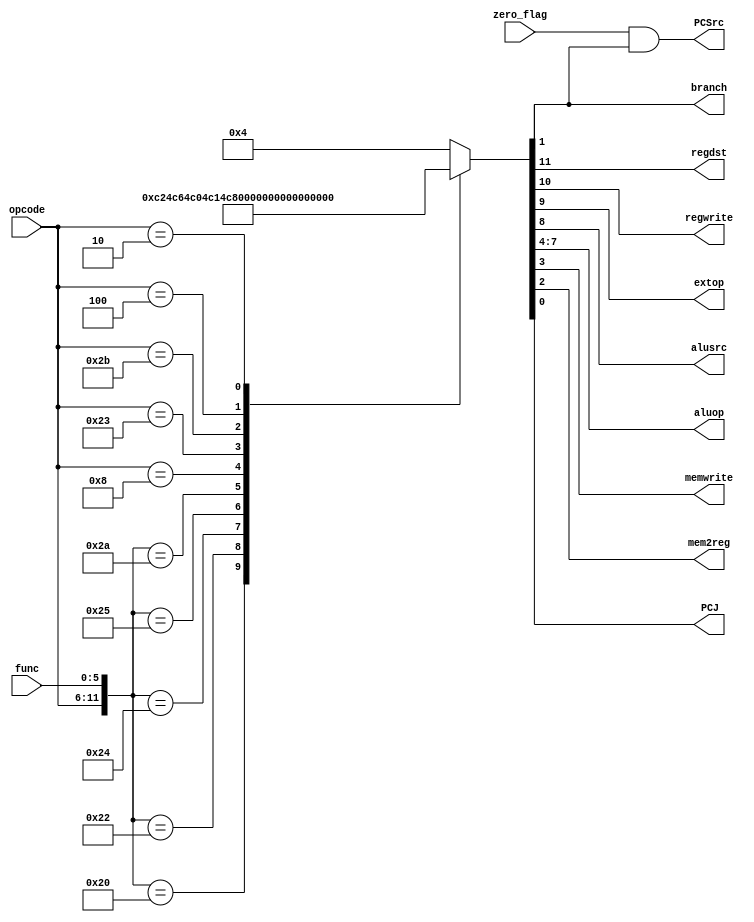
/*`timescale 1ns / 1ps
//////////////////////////////////////////////////////////////////////////////////
// Company: 
// Engineer: 
// 
// Design Name: 
// Module Name: main_control
// Project Name: 
// Target Devices: 
// Tool Versions: 
// Description: 
// 
// Dependencies: 
// 
// Revision:
// Revision 0.01 - File Created
// Additional Comments:
// 
//////////////////////////////////////////////////////////////////////////////////


module main_control(input [5:0] func,input [5:0] opcode,input zero_flag,output reg regdst,output reg regwrite,output reg extop,output reg alusrc,output reg [3:0] aluop,output reg memwrite,output reg mem2reg);
always@(func or opcode or zero_flag)
casex({opcode,func,zero_flag})
13'b000000_100000_x:{regdst,regwrite,extop,alusrc,aluop,memwrite,mem2reg}=10'b1_1_0_0_0010_0_1;//add
13'b000000_100010_x:{regdst,regwrite,extop,alusrc,aluop,memwrite,mem2reg}=10'b1_1_0_0_0110_0_1;//sub
13'b000000_100100_x:{regdst,regwrite,extop,alusrc,aluop,memwrite,mem2reg}=10'b1_1_0_0_0000_0_1;//and
13'b000000_100101_x:{regdst,regwrite,extop,alusrc,aluop,memwrite,mem2reg}=10'b1_1_0_0_0001_0_1;//or
13'b000000_101010_x:{regdst,regwrite,extop,alusrc,aluop,memwrite,mem2reg}=10'b1_1_0_0_0111_0_1;//slt
13'b001000_xxxxxx_x:{regdst,regwrite,extop,alusrc,aluop,memwrite,mem2reg}=10'b0_1_1_1_0010_0_1;//addi I-type
13'b100011_xxxxxx_x:{regdst,regwrite,extop,alusrc,aluop,memwrite,mem2reg}=10'b0_1_0_1_0010_0_0;//lw I-type
13'b101011_xxxxxx_x:{regdst,regwrite,extop,alusrc,aluop,memwrite,mem2reg}=10'b0_0_0_1_0010_1_0;//sw I-type
13'b001001_xxxxxx_x:{regdst,regwrite,extop,alusrc,aluop,memwrite,mem2reg}=10'b0_1_1_1_0000_1_0;//LHI I-type
default:{regdst,regwrite,extop,alusrc,aluop,memwrite,mem2reg}=10'b0_0_0_0_0000_1_0;//LHI I-type
//TD LOI
endcase
begin
end
endmodule
`timescale 1ns / 1ps
*/
//////////////////////////////////////////////////////////////////////////////////
// Company: 
// Engineer: 
// 
// Design Name: 
// Module Name: main_control
// Project Name: 
// Target Devices: 
// Tool Versions: 
// Description: 
// 
// Dependencies: 
// 
// Revision:
// Revision 0.01 - File Created
// Additional Comments:
// 
//////////////////////////////////////////////////////////////////////////////////


module main_control(input [5:0] func,input [5:0] opcode,input zero_flag,output reg regdst,output reg regwrite,output reg extop,output reg alusrc,output reg [3:0] aluop,output reg memwrite,output reg mem2reg,output reg branch,output reg PCSrc,output reg PCJ);
always@(func or opcode or zero_flag)
    begin
        casex({opcode,func,zero_flag})
            13'b000000_100000_x:{regdst,regwrite,extop,alusrc,aluop,memwrite,mem2reg,branch,PCJ}=12'b1_1_0_0_0010_0_1_0_0;//add
            13'b000000_100010_x:{regdst,regwrite,extop,alusrc,aluop,memwrite,mem2reg,branch,PCJ}=12'b1_1_0_0_0110_0_1_0_0;//sub
            13'b000000_100100_x:{regdst,regwrite,extop,alusrc,aluop,memwrite,mem2reg,branch,PCJ}=12'b1_1_0_0_0000_0_1_0_0;//and
            13'b000000_100101_x:{regdst,regwrite,extop,alusrc,aluop,memwrite,mem2reg,branch,PCJ}=12'b1_1_0_0_0001_0_1_0_0;//or
            13'b000000_101010_x:{regdst,regwrite,extop,alusrc,aluop,memwrite,mem2reg,branch,PCJ}=12'b1_1_0_0_0111_0_1_0_0;//slt
            13'b001000_xxxxxx_x:{regdst,regwrite,extop,alusrc,aluop,memwrite,mem2reg,branch,PCJ}=12'b0_1_1_1_0010_0_1_0_0;//addi I-type
            13'b100011_xxxxxx_x:{regdst,regwrite,extop,alusrc,aluop,memwrite,mem2reg,branch,PCJ}=12'b0_1_0_1_0010_0_0_0_0;//lw I-type
            13'b101011_xxxxxx_x:{regdst,regwrite,extop,alusrc,aluop,memwrite,mem2reg,branch,PCJ}=12'b0_0_0_1_0010_1_0_0_0;//sw I-type
            13'b000100_xxxxxx_x:{regdst,regwrite,extop,alusrc,aluop,memwrite,mem2reg,branch,PCJ}=12'b0_0_1_0_0110_0_1_1_0;//beq
            13'b000010_xxxxxx_x:{regdst,regwrite,extop,alusrc,aluop,memwrite,mem2reg,branch,PCJ}=12'b0_0_0_0_0000_1_0_0_1;//jump
            default:{regdst,regwrite,extop,alusrc,aluop,memwrite,mem2reg,branch,PCJ}=11'b0_0_0_0_0000_1_0_0;
         endcase
        PCSrc = zero_flag & branch;
    end
endmodule